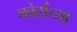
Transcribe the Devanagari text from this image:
कोर्सच्या